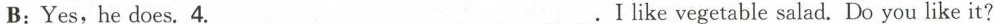
B:Yes,hedoes.4. ___ .I like vegetable salad. Do you like it?